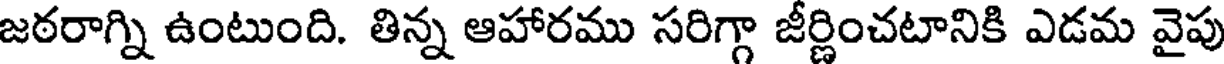
జఠరాగ్ని ఉంటుంది. తిన్న ఆహారము సరిగ్గా జీర్ణించటానికి ఎడమ వైపు